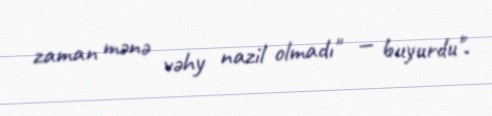
zaman mənə vəhy nazil olmadı" — buyurdu".